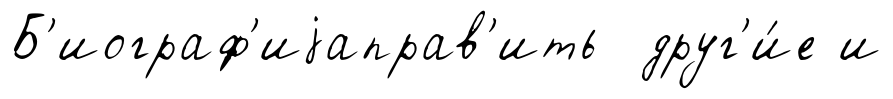
Б'иограф'иjаправ'ить друг'и́е и